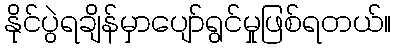
နိုင်ပွဲရချိန်မှာပျော်ရွင်မှုဖြစ်ရတယ်။